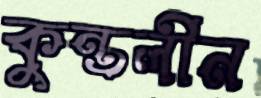
কুন্তলীন